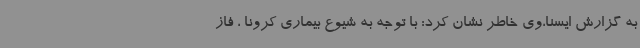
به گزارش ایسنا،وی خاطر نشان کرد: با توجه به شیوع بیماری کرونا ، فاز